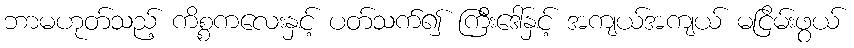
ဘာမဟုတ်သည့် ကိစ္စကလေးနှင့် ပတ်သက်၍ ကြီးဒေါ်နှင့် အကျယ်အကျယ် မငြိမ်းဖွယ်